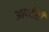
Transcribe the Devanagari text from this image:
आपटीही